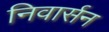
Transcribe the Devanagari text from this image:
निवार्सन